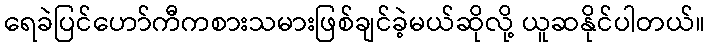
ရေခဲပြင်ဟော်ကီကစားသမားဖြစ်ချင်ခဲ့မယ်ဆိုလို့ ယူဆနိုင်ပါတယ်။